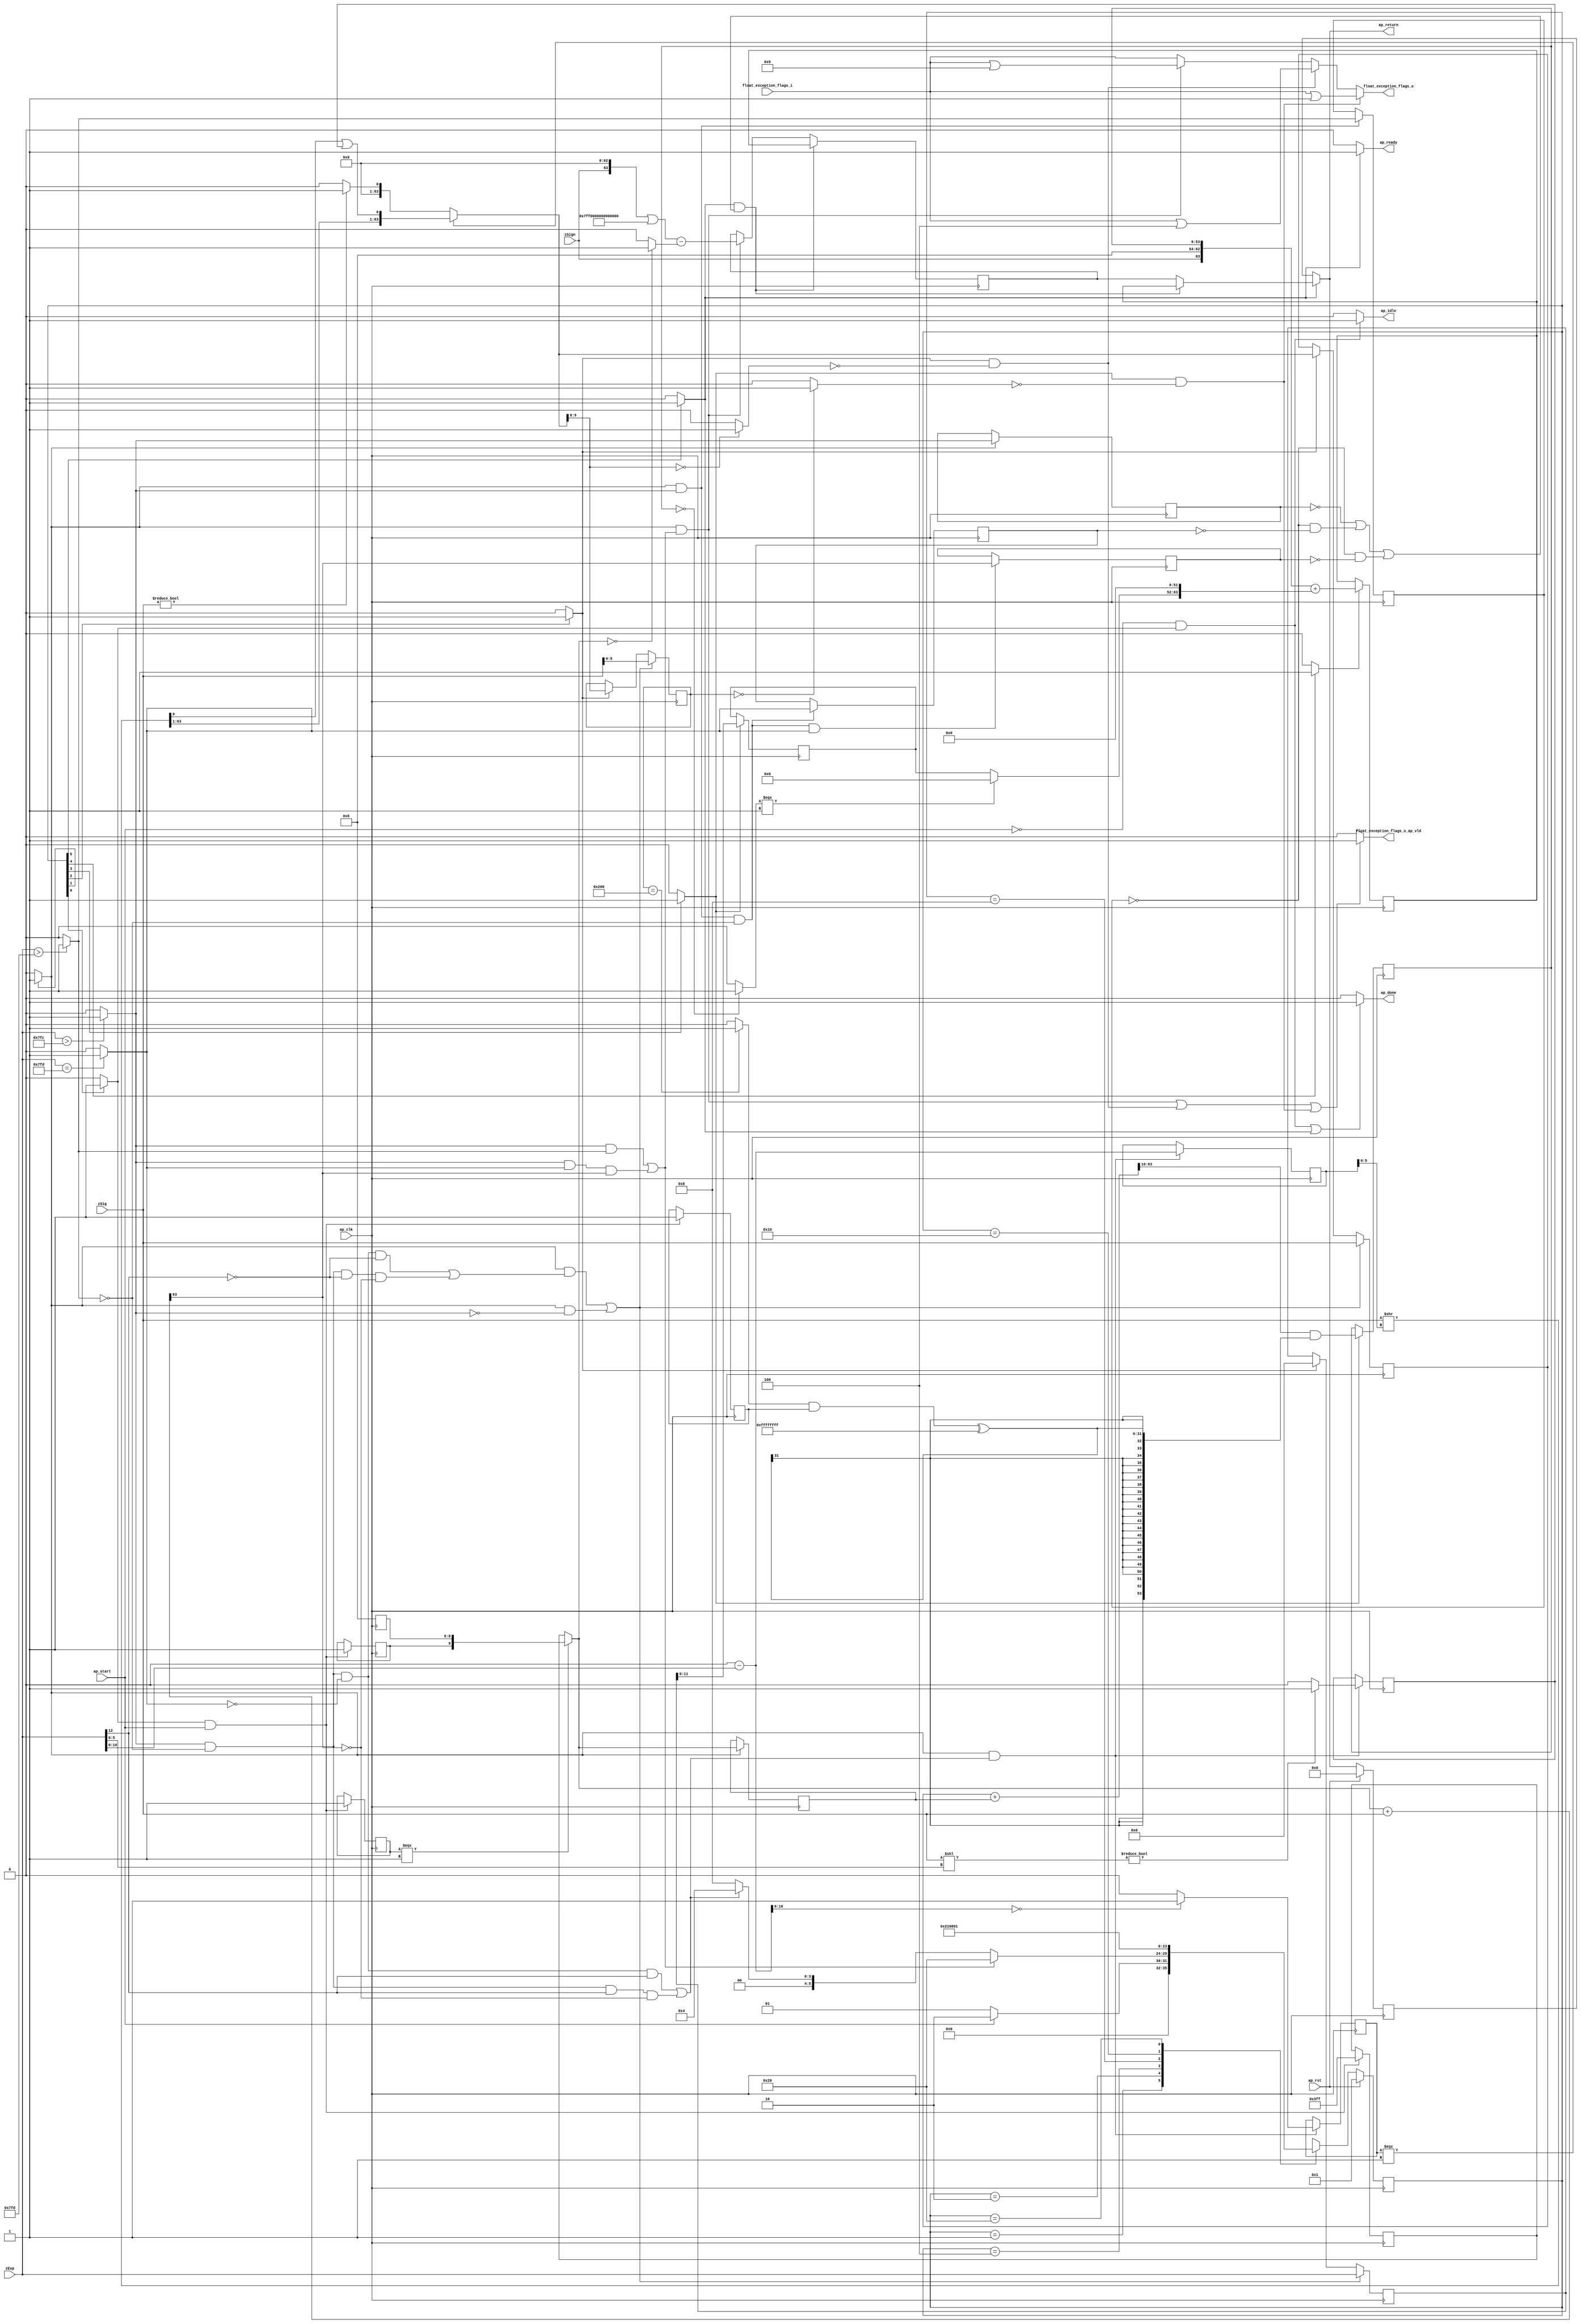
// ==============================================================
// RTL generated by Vivado(TM) HLS - High-Level Synthesis from C, C++ and SystemC
// Version: 2015.4
// Copyright (C) 2015 Xilinx Inc. All rights reserved.
// 
// ===========================================================

`timescale 1 ns / 1 ps 

module float64_mul_roundAndPackFloat64 (
        ap_clk,
        ap_rst,
        ap_start,
        ap_done,
        ap_idle,
        ap_ready,
        zSign,
        zExp,
        zSig,
        float_exception_flags_i,
        float_exception_flags_o,
        float_exception_flags_o_ap_vld,
        ap_return
);

parameter    ap_const_logic_1 = 1'b1;
parameter    ap_const_logic_0 = 1'b0;
parameter    ap_ST_st1_fsm_0 = 6'b1;
parameter    ap_ST_st2_fsm_1 = 6'b10;
parameter    ap_ST_st3_fsm_2 = 6'b100;
parameter    ap_ST_st4_fsm_3 = 6'b1000;
parameter    ap_ST_st5_fsm_4 = 6'b10000;
parameter    ap_ST_st6_fsm_5 = 6'b100000;
parameter    ap_const_lv32_0 = 32'b00000000000000000000000000000000;
parameter    ap_const_lv1_1 = 1'b1;
parameter    ap_const_lv32_1 = 32'b1;
parameter    ap_const_lv1_0 = 1'b0;
parameter    ap_const_lv32_2 = 32'b10;
parameter    ap_const_lv32_3 = 32'b11;
parameter    ap_const_lv32_4 = 32'b100;
parameter    ap_const_lv13_0 = 13'b0000000000000;
parameter    ap_const_lv32_5 = 32'b101;
parameter    ap_const_lv10_3FF = 10'b1111111111;
parameter    ap_const_lv10_0 = 10'b0000000000;
parameter    ap_const_lv10_200 = 10'b1000000000;
parameter    ap_const_lv13_7FC = 13'b11111111100;
parameter    ap_const_lv13_7FD = 13'b11111111101;
parameter    ap_const_lv32_3F = 32'b111111;
parameter    ap_const_lv32_C = 32'b1100;
parameter    ap_const_lv11_0 = 11'b00000000000;
parameter    ap_const_lv32_6 = 32'b110;
parameter    ap_const_lv32_A = 32'b1010;
parameter    ap_const_lv5_0 = 5'b00000;
parameter    ap_const_lv64_0 = 64'b0000000000000000000000000000000000000000000000000000000000000000;
parameter    ap_const_lv32_9 = 32'b1001;
parameter    ap_const_lv63_0 = 63'b000000000000000000000000000000000000000000000000000000000000000;
parameter    ap_const_lv64_7FF0000000000000 = 64'b111111111110000000000000000000000000000000000000000000000000000;
parameter    ap_const_lv32_FFFFFFFF = 32'b11111111111111111111111111111111;
parameter    ap_const_lv54_0 = 54'b000000000000000000000000000000000000000000000000000000;
parameter    ap_const_lv12_0 = 12'b000000000000;
parameter    ap_const_lv52_0 = 52'b0000000000000000000000000000000000000000000000000000;
parameter    ap_const_lv9_0 = 9'b000000000;
parameter    ap_true = 1'b1;

input   ap_clk;
input   ap_rst;
input   ap_start;
output   ap_done;
output   ap_idle;
output   ap_ready;
input  [0:0] zSign;
input  [12:0] zExp;
input  [63:0] zSig;
input  [31:0] float_exception_flags_i;
output  [31:0] float_exception_flags_o;
output   float_exception_flags_o_ap_vld;
output  [63:0] ap_return;

reg ap_done;
reg ap_idle;
reg ap_ready;
reg[31:0] float_exception_flags_o;
reg float_exception_flags_o_ap_vld;
reg[63:0] ap_return;
(* fsm_encoding = "none" *) reg   [5:0] ap_CS_fsm = 6'b1;
reg    ap_sig_cseq_ST_st1_fsm_0;
reg    ap_sig_bdd_24;
reg   [31:0] float_rounding_mode = 32'b00000000000000000000000000000000;
wire   [0:0] tmp_fu_158_p2;
reg   [0:0] tmp_reg_561;
wire   [9:0] sel_tmp4_cast_fu_202_p3;
reg   [9:0] sel_tmp4_cast_reg_566;
wire   [9:0] sel_tmp5_fu_222_p3;
reg   [9:0] sel_tmp5_reg_571;
wire   [0:0] tmp_1_fu_230_p2;
reg   [0:0] tmp_1_reg_576;
reg    ap_sig_cseq_ST_st2_fsm_1;
reg    ap_sig_bdd_57;
wire   [9:0] roundIncrement_4_fu_236_p3;
reg   [9:0] roundIncrement_4_reg_595;
wire   [9:0] roundBits_fu_241_p1;
wire   [0:0] tmp_6_fu_245_p2;
reg   [0:0] tmp_6_reg_606;
wire   [0:0] tmp_7_fu_251_p2;
reg   [0:0] tmp_7_reg_610;
wire   [0:0] tmp_8_fu_257_p2;
reg   [0:0] tmp_8_reg_614;
wire   [0:0] tmp_4_fu_273_p3;
reg   [0:0] tmp_4_reg_618;
wire   [10:0] count_assign_fu_293_p2;
reg   [10:0] count_assign_reg_625;
wire   [0:0] tmp_22_fu_281_p3;
wire   [0:0] icmp_fu_309_p2;
reg   [0:0] icmp_reg_630;
wire   [0:0] tmp_8_i_fu_329_p2;
reg   [0:0] tmp_8_i_reg_635;
wire   [63:0] tmp_10_fu_370_p2;
wire   [63:0] z_2_fu_420_p3;
reg    ap_sig_cseq_ST_st3_fsm_2;
reg    ap_sig_bdd_116;
wire   [9:0] roundBits_2_fu_427_p1;
wire   [53:0] zSig_assign_2_fu_511_p2;
reg   [53:0] zSig_assign_2_reg_661;
reg    ap_sig_cseq_ST_st4_fsm_3;
reg    ap_sig_bdd_127;
wire   [11:0] tmp_29_fu_517_p1;
reg   [11:0] tmp_29_reg_667;
wire   [63:0] tmp_38_i8_fu_549_p2;
reg   [63:0] tmp_38_i8_reg_672;
reg    ap_sig_cseq_ST_st5_fsm_4;
reg    ap_sig_bdd_138;
reg   [63:0] zSig_assign1_reg_106;
reg   [12:0] zExp_assign_1_reg_117;
reg   [9:0] roundBits_1_reg_130;
reg   [63:0] p_0_phi_fu_144_p4;
reg   [63:0] p_0_reg_141;
reg    ap_sig_cseq_ST_st6_fsm_5;
reg    ap_sig_bdd_162;
wire   [0:0] tmp_11_fu_431_p2;
wire   [0:0] tmp_12_fu_449_p2;
wire   [31:0] float_exception_flags_assign_i_fu_335_p2;
wire   [31:0] float_exception_flags_assign_i_1_fu_437_p2;
wire   [31:0] tmp_13_fu_455_p2;
wire   [0:0] tmp_s_fu_164_p2;
wire   [0:0] sel_tmp2_demorgan_fu_182_p2;
wire   [0:0] sel_tmp3_demorgan_fu_188_p2;
wire   [0:0] not_tmp_3_fu_176_p2;
wire   [0:0] not_tmp_2_fu_170_p2;
wire   [0:0] sel_tmp4_fu_194_p3;
wire   [0:0] sel_tmp6_fu_210_p2;
wire   [0:0] sel_tmp7_fu_216_p2;
wire   [63:0] tmp_9_fu_263_p1;
wire   [63:0] tmp_2_fu_267_p2;
wire   [10:0] tmp_24_fu_289_p1;
wire   [4:0] tmp_25_fu_299_p4;
wire   [5:0] tmp_26_fu_315_p1;
wire   [5:0] tmp_6_i_fu_319_p1;
wire   [63:0] tmp_7_i_fu_323_p2;
wire   [63:0] tmp_i_fu_347_p3;
wire   [0:0] tmp_5_fu_360_p2;
wire   [63:0] tmp_38_i9_fu_354_p2;
wire   [63:0] tmp_3_fu_366_p1;
wire   [5:0] tmp_2_i_fu_376_p1;
wire   [63:0] tmp_3_i_fu_379_p2;
wire   [0:0] tmp_27_fu_384_p1;
wire   [62:0] tmp_11_i_fu_393_p4;
wire   [0:0] tmp_10_i_fu_388_p2;
wire   [0:0] tmp_i3_fu_411_p2;
wire   [63:0] z_fu_403_p3;
wire   [63:0] z_1_fu_416_p1;
wire   [63:0] tmp_14_fu_467_p1;
wire   [63:0] tmp_15_fu_470_p2;
wire   [0:0] tmp_16_fu_486_p2;
wire   [0:0] tmp_17_fu_492_p2;
wire   [31:0] tmp_18_fu_497_p1;
wire   [31:0] tmp_19_fu_501_p2;
wire   [53:0] zSig_assign_1_cast_fu_476_p4;
wire  signed [53:0] tmp_27_cast_fu_507_p1;
wire   [0:0] tmp_20_fu_521_p2;
wire   [11:0] tmp_21_fu_526_p3;
wire   [63:0] tmp_37_i_fu_541_p4;
wire   [63:0] tmp_36_i_fu_533_p3;
reg   [63:0] ap_return_preg = 64'b0000000000000000000000000000000000000000000000000000000000000000;
reg   [5:0] ap_NS_fsm;




always @ (posedge ap_clk) begin : ap_ret_ap_CS_fsm
    if (ap_rst == 1'b1) begin
        ap_CS_fsm <= ap_ST_st1_fsm_0;
    end else begin
        ap_CS_fsm <= ap_NS_fsm;
    end
end

always @ (posedge ap_clk) begin : ap_ret_ap_return_preg
    if (ap_rst == 1'b1) begin
        ap_return_preg <= ap_const_lv64_0;
    end else begin
        if ((ap_const_logic_1 == ap_sig_cseq_ST_st6_fsm_5)) begin
            ap_return_preg <= p_0_phi_fu_144_p4;
        end
    end
end

always @ (posedge ap_clk) begin
    if (((ap_const_logic_1 == ap_sig_cseq_ST_st6_fsm_5) & ((tmp_6_reg_606 == ap_const_lv1_0) | ((tmp_7_reg_610 == ap_const_lv1_0) & (ap_const_lv1_0 == tmp_8_reg_614)) | ((tmp_7_reg_610 == ap_const_lv1_0) & (ap_const_lv1_0 == tmp_4_reg_618))))) begin
        p_0_reg_141 <= tmp_38_i8_reg_672;
    end else if (((ap_const_logic_1 == ap_sig_cseq_ST_st2_fsm_1) & ((~(tmp_6_fu_245_p2 == ap_const_lv1_0) & ~(tmp_7_fu_251_p2 == ap_const_lv1_0)) | (~(tmp_6_fu_245_p2 == ap_const_lv1_0) & ~(ap_const_lv1_0 == tmp_8_fu_257_p2) & ~(ap_const_lv1_0 == tmp_4_fu_273_p3))))) begin
        p_0_reg_141 <= tmp_10_fu_370_p2;
    end
end

always @ (posedge ap_clk) begin
    if ((((ap_const_logic_1 == ap_sig_cseq_ST_st2_fsm_1) & ((~(tmp_6_fu_245_p2 == ap_const_lv1_0) & (tmp_7_fu_251_p2 == ap_const_lv1_0) & (ap_const_lv1_0 == tmp_8_fu_257_p2) & (ap_const_lv1_0 == tmp_22_fu_281_p3)) | (~(tmp_6_fu_245_p2 == ap_const_lv1_0) & (tmp_7_fu_251_p2 == ap_const_lv1_0) & (ap_const_lv1_0 == tmp_22_fu_281_p3) & (ap_const_lv1_0 == tmp_4_fu_273_p3)))) | ((ap_const_logic_1 == ap_sig_cseq_ST_st2_fsm_1) & (tmp_6_fu_245_p2 == ap_const_lv1_0)))) begin
        roundBits_1_reg_130 <= roundBits_fu_241_p1;
    end else if ((ap_const_logic_1 == ap_sig_cseq_ST_st3_fsm_2)) begin
        roundBits_1_reg_130 <= roundBits_2_fu_427_p1;
    end
end

always @ (posedge ap_clk) begin
    if ((((ap_const_logic_1 == ap_sig_cseq_ST_st2_fsm_1) & ((~(tmp_6_fu_245_p2 == ap_const_lv1_0) & (tmp_7_fu_251_p2 == ap_const_lv1_0) & (ap_const_lv1_0 == tmp_8_fu_257_p2) & (ap_const_lv1_0 == tmp_22_fu_281_p3)) | (~(tmp_6_fu_245_p2 == ap_const_lv1_0) & (tmp_7_fu_251_p2 == ap_const_lv1_0) & (ap_const_lv1_0 == tmp_22_fu_281_p3) & (ap_const_lv1_0 == tmp_4_fu_273_p3)))) | ((ap_const_logic_1 == ap_sig_cseq_ST_st2_fsm_1) & (tmp_6_fu_245_p2 == ap_const_lv1_0)))) begin
        zExp_assign_1_reg_117 <= zExp;
    end else if ((ap_const_logic_1 == ap_sig_cseq_ST_st3_fsm_2)) begin
        zExp_assign_1_reg_117 <= ap_const_lv13_0;
    end
end

always @ (posedge ap_clk) begin
    if ((((ap_const_logic_1 == ap_sig_cseq_ST_st2_fsm_1) & ((~(tmp_6_fu_245_p2 == ap_const_lv1_0) & (tmp_7_fu_251_p2 == ap_const_lv1_0) & (ap_const_lv1_0 == tmp_8_fu_257_p2) & (ap_const_lv1_0 == tmp_22_fu_281_p3)) | (~(tmp_6_fu_245_p2 == ap_const_lv1_0) & (tmp_7_fu_251_p2 == ap_const_lv1_0) & (ap_const_lv1_0 == tmp_22_fu_281_p3) & (ap_const_lv1_0 == tmp_4_fu_273_p3)))) | ((ap_const_logic_1 == ap_sig_cseq_ST_st2_fsm_1) & (tmp_6_fu_245_p2 == ap_const_lv1_0)))) begin
        zSig_assign1_reg_106 <= zSig;
    end else if ((ap_const_logic_1 == ap_sig_cseq_ST_st3_fsm_2)) begin
        zSig_assign1_reg_106 <= z_2_fu_420_p3;
    end
end

always @ (posedge ap_clk) begin
    if (((ap_const_logic_1 == ap_sig_cseq_ST_st2_fsm_1) & ((~(tmp_6_fu_245_p2 == ap_const_lv1_0) & (tmp_7_fu_251_p2 == ap_const_lv1_0) & (ap_const_lv1_0 == tmp_8_fu_257_p2) & ~(ap_const_lv1_0 == tmp_22_fu_281_p3)) | (~(tmp_6_fu_245_p2 == ap_const_lv1_0) & (tmp_7_fu_251_p2 == ap_const_lv1_0) & ~(ap_const_lv1_0 == tmp_22_fu_281_p3) & (ap_const_lv1_0 == tmp_4_fu_273_p3))))) begin
        count_assign_reg_625 <= count_assign_fu_293_p2;
        icmp_reg_630 <= icmp_fu_309_p2;
        tmp_8_i_reg_635 <= tmp_8_i_fu_329_p2;
    end
end

always @ (posedge ap_clk) begin
    if ((ap_const_logic_1 == ap_sig_cseq_ST_st2_fsm_1)) begin
        roundIncrement_4_reg_595 <= roundIncrement_4_fu_236_p3;
        tmp_6_reg_606 <= tmp_6_fu_245_p2;
    end
end

always @ (posedge ap_clk) begin
    if (((ap_const_logic_1 == ap_sig_cseq_ST_st1_fsm_0) & ~(ap_start == ap_const_logic_0))) begin
        sel_tmp4_cast_reg_566 <= sel_tmp4_cast_fu_202_p3;
        sel_tmp5_reg_571[9] <= sel_tmp5_fu_222_p3[9];
        tmp_1_reg_576 <= tmp_1_fu_230_p2;
        tmp_reg_561 <= tmp_fu_158_p2;
    end
end

always @ (posedge ap_clk) begin
    if ((ap_const_logic_1 == ap_sig_cseq_ST_st4_fsm_3)) begin
        tmp_29_reg_667 <= tmp_29_fu_517_p1;
        zSig_assign_2_reg_661 <= zSig_assign_2_fu_511_p2;
    end
end

always @ (posedge ap_clk) begin
    if ((ap_const_logic_1 == ap_sig_cseq_ST_st5_fsm_4)) begin
        tmp_38_i8_reg_672 <= tmp_38_i8_fu_549_p2;
    end
end

always @ (posedge ap_clk) begin
    if (((ap_const_logic_1 == ap_sig_cseq_ST_st2_fsm_1) & ~(tmp_6_fu_245_p2 == ap_const_lv1_0) & (tmp_7_fu_251_p2 == ap_const_lv1_0) & ~(ap_const_lv1_0 == tmp_8_fu_257_p2))) begin
        tmp_4_reg_618 <= tmp_2_fu_267_p2[ap_const_lv32_3F];
    end
end

always @ (posedge ap_clk) begin
    if (((ap_const_logic_1 == ap_sig_cseq_ST_st2_fsm_1) & ~(tmp_6_fu_245_p2 == ap_const_lv1_0))) begin
        tmp_7_reg_610 <= tmp_7_fu_251_p2;
    end
end

always @ (posedge ap_clk) begin
    if (((ap_const_logic_1 == ap_sig_cseq_ST_st2_fsm_1) & ~(tmp_6_fu_245_p2 == ap_const_lv1_0) & (tmp_7_fu_251_p2 == ap_const_lv1_0))) begin
        tmp_8_reg_614 <= tmp_8_fu_257_p2;
    end
end

always @ (ap_start or ap_sig_cseq_ST_st1_fsm_0 or ap_sig_cseq_ST_st6_fsm_5) begin
    if (((~(ap_const_logic_1 == ap_start) & (ap_const_logic_1 == ap_sig_cseq_ST_st1_fsm_0)) | (ap_const_logic_1 == ap_sig_cseq_ST_st6_fsm_5))) begin
        ap_done = ap_const_logic_1;
    end else begin
        ap_done = ap_const_logic_0;
    end
end

always @ (ap_start or ap_sig_cseq_ST_st1_fsm_0) begin
    if ((~(ap_const_logic_1 == ap_start) & (ap_const_logic_1 == ap_sig_cseq_ST_st1_fsm_0))) begin
        ap_idle = ap_const_logic_1;
    end else begin
        ap_idle = ap_const_logic_0;
    end
end

always @ (ap_sig_cseq_ST_st6_fsm_5) begin
    if ((ap_const_logic_1 == ap_sig_cseq_ST_st6_fsm_5)) begin
        ap_ready = ap_const_logic_1;
    end else begin
        ap_ready = ap_const_logic_0;
    end
end

always @ (p_0_phi_fu_144_p4 or ap_sig_cseq_ST_st6_fsm_5 or ap_return_preg) begin
    if ((ap_const_logic_1 == ap_sig_cseq_ST_st6_fsm_5)) begin
        ap_return = p_0_phi_fu_144_p4;
    end else begin
        ap_return = ap_return_preg;
    end
end

always @ (ap_sig_bdd_24) begin
    if (ap_sig_bdd_24) begin
        ap_sig_cseq_ST_st1_fsm_0 = ap_const_logic_1;
    end else begin
        ap_sig_cseq_ST_st1_fsm_0 = ap_const_logic_0;
    end
end

always @ (ap_sig_bdd_57) begin
    if (ap_sig_bdd_57) begin
        ap_sig_cseq_ST_st2_fsm_1 = ap_const_logic_1;
    end else begin
        ap_sig_cseq_ST_st2_fsm_1 = ap_const_logic_0;
    end
end

always @ (ap_sig_bdd_116) begin
    if (ap_sig_bdd_116) begin
        ap_sig_cseq_ST_st3_fsm_2 = ap_const_logic_1;
    end else begin
        ap_sig_cseq_ST_st3_fsm_2 = ap_const_logic_0;
    end
end

always @ (ap_sig_bdd_127) begin
    if (ap_sig_bdd_127) begin
        ap_sig_cseq_ST_st4_fsm_3 = ap_const_logic_1;
    end else begin
        ap_sig_cseq_ST_st4_fsm_3 = ap_const_logic_0;
    end
end

always @ (ap_sig_bdd_138) begin
    if (ap_sig_bdd_138) begin
        ap_sig_cseq_ST_st5_fsm_4 = ap_const_logic_1;
    end else begin
        ap_sig_cseq_ST_st5_fsm_4 = ap_const_logic_0;
    end
end

always @ (ap_sig_bdd_162) begin
    if (ap_sig_bdd_162) begin
        ap_sig_cseq_ST_st6_fsm_5 = ap_const_logic_1;
    end else begin
        ap_sig_cseq_ST_st6_fsm_5 = ap_const_logic_0;
    end
end

always @ (float_exception_flags_i or ap_sig_cseq_ST_st2_fsm_1 or tmp_6_fu_245_p2 or tmp_7_fu_251_p2 or tmp_8_fu_257_p2 or tmp_4_fu_273_p3 or ap_sig_cseq_ST_st3_fsm_2 or ap_sig_cseq_ST_st4_fsm_3 or tmp_11_fu_431_p2 or tmp_12_fu_449_p2 or float_exception_flags_assign_i_fu_335_p2 or float_exception_flags_assign_i_1_fu_437_p2 or tmp_13_fu_455_p2) begin
    if (((ap_const_logic_1 == ap_sig_cseq_ST_st4_fsm_3) & (ap_const_lv1_0 == tmp_12_fu_449_p2))) begin
        float_exception_flags_o = tmp_13_fu_455_p2;
    end else if (((ap_const_logic_1 == ap_sig_cseq_ST_st3_fsm_2) & (ap_const_lv1_0 == tmp_11_fu_431_p2))) begin
        float_exception_flags_o = float_exception_flags_assign_i_1_fu_437_p2;
    end else if (((ap_const_logic_1 == ap_sig_cseq_ST_st2_fsm_1) & ((~(tmp_6_fu_245_p2 == ap_const_lv1_0) & ~(tmp_7_fu_251_p2 == ap_const_lv1_0)) | (~(tmp_6_fu_245_p2 == ap_const_lv1_0) & ~(ap_const_lv1_0 == tmp_8_fu_257_p2) & ~(ap_const_lv1_0 == tmp_4_fu_273_p3))))) begin
        float_exception_flags_o = float_exception_flags_assign_i_fu_335_p2;
    end else begin
        float_exception_flags_o = float_exception_flags_i;
    end
end

always @ (ap_sig_cseq_ST_st2_fsm_1 or tmp_6_fu_245_p2 or tmp_7_fu_251_p2 or tmp_8_fu_257_p2 or tmp_4_fu_273_p3 or ap_sig_cseq_ST_st3_fsm_2 or ap_sig_cseq_ST_st4_fsm_3 or tmp_11_fu_431_p2 or tmp_12_fu_449_p2) begin
    if ((((ap_const_logic_1 == ap_sig_cseq_ST_st2_fsm_1) & ((~(tmp_6_fu_245_p2 == ap_const_lv1_0) & ~(tmp_7_fu_251_p2 == ap_const_lv1_0)) | (~(tmp_6_fu_245_p2 == ap_const_lv1_0) & ~(ap_const_lv1_0 == tmp_8_fu_257_p2) & ~(ap_const_lv1_0 == tmp_4_fu_273_p3)))) | ((ap_const_logic_1 == ap_sig_cseq_ST_st3_fsm_2) & (ap_const_lv1_0 == tmp_11_fu_431_p2)) | ((ap_const_logic_1 == ap_sig_cseq_ST_st4_fsm_3) & (ap_const_lv1_0 == tmp_12_fu_449_p2)))) begin
        float_exception_flags_o_ap_vld = ap_const_logic_1;
    end else begin
        float_exception_flags_o_ap_vld = ap_const_logic_0;
    end
end

always @ (tmp_6_reg_606 or tmp_7_reg_610 or tmp_8_reg_614 or tmp_4_reg_618 or tmp_38_i8_reg_672 or p_0_reg_141 or ap_sig_cseq_ST_st6_fsm_5) begin
    if (((ap_const_logic_1 == ap_sig_cseq_ST_st6_fsm_5) & ((tmp_6_reg_606 == ap_const_lv1_0) | ((tmp_7_reg_610 == ap_const_lv1_0) & (ap_const_lv1_0 == tmp_8_reg_614)) | ((tmp_7_reg_610 == ap_const_lv1_0) & (ap_const_lv1_0 == tmp_4_reg_618))))) begin
        p_0_phi_fu_144_p4 = tmp_38_i8_reg_672;
    end else begin
        p_0_phi_fu_144_p4 = p_0_reg_141;
    end
end
always @ (ap_start or ap_CS_fsm or tmp_6_fu_245_p2 or tmp_7_fu_251_p2 or tmp_8_fu_257_p2 or tmp_4_fu_273_p3 or tmp_22_fu_281_p3) begin
    case (ap_CS_fsm)
        ap_ST_st1_fsm_0 : 
        begin
            if (~(ap_start == ap_const_logic_0)) begin
                ap_NS_fsm = ap_ST_st2_fsm_1;
            end else begin
                ap_NS_fsm = ap_ST_st1_fsm_0;
            end
        end
        ap_ST_st2_fsm_1 : 
        begin
            if (((~(tmp_6_fu_245_p2 == ap_const_lv1_0) & ~(tmp_7_fu_251_p2 == ap_const_lv1_0)) | (~(tmp_6_fu_245_p2 == ap_const_lv1_0) & ~(ap_const_lv1_0 == tmp_8_fu_257_p2) & ~(ap_const_lv1_0 == tmp_4_fu_273_p3)))) begin
                ap_NS_fsm = ap_ST_st6_fsm_5;
            end else if (((~(tmp_6_fu_245_p2 == ap_const_lv1_0) & (tmp_7_fu_251_p2 == ap_const_lv1_0) & (ap_const_lv1_0 == tmp_8_fu_257_p2) & ~(ap_const_lv1_0 == tmp_22_fu_281_p3)) | (~(tmp_6_fu_245_p2 == ap_const_lv1_0) & (tmp_7_fu_251_p2 == ap_const_lv1_0) & ~(ap_const_lv1_0 == tmp_22_fu_281_p3) & (ap_const_lv1_0 == tmp_4_fu_273_p3)))) begin
                ap_NS_fsm = ap_ST_st3_fsm_2;
            end else begin
                ap_NS_fsm = ap_ST_st4_fsm_3;
            end
        end
        ap_ST_st3_fsm_2 : 
        begin
            ap_NS_fsm = ap_ST_st4_fsm_3;
        end
        ap_ST_st4_fsm_3 : 
        begin
            ap_NS_fsm = ap_ST_st5_fsm_4;
        end
        ap_ST_st5_fsm_4 : 
        begin
            ap_NS_fsm = ap_ST_st6_fsm_5;
        end
        ap_ST_st6_fsm_5 : 
        begin
            ap_NS_fsm = ap_ST_st1_fsm_0;
        end
        default : 
        begin
            ap_NS_fsm = 'bx;
        end
    endcase
end



always @ (ap_CS_fsm) begin
    ap_sig_bdd_116 = (ap_const_lv1_1 == ap_CS_fsm[ap_const_lv32_2]);
end


always @ (ap_CS_fsm) begin
    ap_sig_bdd_127 = (ap_const_lv1_1 == ap_CS_fsm[ap_const_lv32_3]);
end


always @ (ap_CS_fsm) begin
    ap_sig_bdd_138 = (ap_const_lv1_1 == ap_CS_fsm[ap_const_lv32_4]);
end


always @ (ap_CS_fsm) begin
    ap_sig_bdd_162 = (ap_const_lv1_1 == ap_CS_fsm[ap_const_lv32_5]);
end


always @ (ap_CS_fsm) begin
    ap_sig_bdd_24 = (ap_CS_fsm[ap_const_lv32_0] == ap_const_lv1_1);
end


always @ (ap_CS_fsm) begin
    ap_sig_bdd_57 = (ap_const_lv1_1 == ap_CS_fsm[ap_const_lv32_1]);
end

assign count_assign_fu_293_p2 = (ap_const_lv11_0 - tmp_24_fu_289_p1);

assign float_exception_flags_assign_i_1_fu_437_p2 = (float_exception_flags_i | ap_const_lv32_4);

assign float_exception_flags_assign_i_fu_335_p2 = (float_exception_flags_i | ap_const_lv32_9);

assign icmp_fu_309_p2 = (tmp_25_fu_299_p4 == ap_const_lv5_0? 1'b1: 1'b0);

assign not_tmp_2_fu_170_p2 = (float_rounding_mode != ap_const_lv32_3? 1'b1: 1'b0);

assign not_tmp_3_fu_176_p2 = (float_rounding_mode != ap_const_lv32_2? 1'b1: 1'b0);

assign roundBits_2_fu_427_p1 = z_2_fu_420_p3[9:0];

assign roundBits_fu_241_p1 = zSig[9:0];

assign roundIncrement_4_fu_236_p3 = ((tmp_1_reg_576[0:0] === 1'b1) ? sel_tmp5_reg_571 : sel_tmp4_cast_reg_566);

assign sel_tmp2_demorgan_fu_182_p2 = (tmp_fu_158_p2 | tmp_s_fu_164_p2);

assign sel_tmp3_demorgan_fu_188_p2 = (sel_tmp2_demorgan_fu_182_p2 | zSign);

assign sel_tmp4_cast_fu_202_p3 = ((sel_tmp4_fu_194_p3[0:0] === 1'b1) ? ap_const_lv10_3FF : ap_const_lv10_0);

assign sel_tmp4_fu_194_p3 = ((sel_tmp3_demorgan_fu_188_p2[0:0] === 1'b1) ? not_tmp_3_fu_176_p2 : not_tmp_2_fu_170_p2);

assign sel_tmp5_fu_222_p3 = ((sel_tmp7_fu_216_p2[0:0] === 1'b1) ? ap_const_lv10_0 : ap_const_lv10_200);

assign sel_tmp6_fu_210_p2 = (tmp_fu_158_p2 ^ ap_const_lv1_1);

assign sel_tmp7_fu_216_p2 = (tmp_s_fu_164_p2 & sel_tmp6_fu_210_p2);

assign tmp_10_fu_370_p2 = (tmp_38_i9_fu_354_p2 - tmp_3_fu_366_p1);

assign tmp_10_i_fu_388_p2 = (tmp_27_fu_384_p1 | tmp_8_i_reg_635);

assign tmp_11_fu_431_p2 = (roundBits_2_fu_427_p1 == ap_const_lv10_0? 1'b1: 1'b0);

assign tmp_11_i_fu_393_p4 = {{tmp_3_i_fu_379_p2[ap_const_lv32_3F : ap_const_lv32_1]}};

assign tmp_12_fu_449_p2 = (roundBits_1_reg_130 == ap_const_lv10_0? 1'b1: 1'b0);

assign tmp_13_fu_455_p2 = (float_exception_flags_i | ap_const_lv32_1);

assign tmp_14_fu_467_p1 = roundIncrement_4_reg_595;

assign tmp_15_fu_470_p2 = (zSig_assign1_reg_106 + tmp_14_fu_467_p1);

assign tmp_16_fu_486_p2 = (roundBits_1_reg_130 == ap_const_lv10_200? 1'b1: 1'b0);

assign tmp_17_fu_492_p2 = (tmp_16_fu_486_p2 & tmp_reg_561);

assign tmp_18_fu_497_p1 = tmp_17_fu_492_p2;

assign tmp_19_fu_501_p2 = (tmp_18_fu_497_p1 ^ ap_const_lv32_FFFFFFFF);

assign tmp_1_fu_230_p2 = (sel_tmp7_fu_216_p2 | tmp_fu_158_p2);

assign tmp_20_fu_521_p2 = (zSig_assign_2_reg_661 == ap_const_lv54_0? 1'b1: 1'b0);

assign tmp_21_fu_526_p3 = ((tmp_20_fu_521_p2[0:0] === 1'b1) ? ap_const_lv12_0 : tmp_29_reg_667);

assign tmp_22_fu_281_p3 = zExp[ap_const_lv32_C];

assign tmp_24_fu_289_p1 = zExp[10:0];

assign tmp_25_fu_299_p4 = {{count_assign_fu_293_p2[ap_const_lv32_A : ap_const_lv32_6]}};

assign tmp_26_fu_315_p1 = zExp[5:0];

assign tmp_27_cast_fu_507_p1 = $signed(tmp_19_fu_501_p2);

assign tmp_27_fu_384_p1 = tmp_3_i_fu_379_p2[0:0];

assign tmp_29_fu_517_p1 = zExp_assign_1_reg_117[11:0];

assign tmp_2_fu_267_p2 = (tmp_9_fu_263_p1 + zSig);

assign tmp_2_i_fu_376_p1 = count_assign_reg_625;

assign tmp_36_i_fu_533_p3 = {{tmp_21_fu_526_p3}, {ap_const_lv52_0}};

assign tmp_37_i_fu_541_p4 = {{{zSign}, {ap_const_lv9_0}}, {zSig_assign_2_reg_661}};

assign tmp_38_i8_fu_549_p2 = (tmp_37_i_fu_541_p4 + tmp_36_i_fu_533_p3);

assign tmp_38_i9_fu_354_p2 = (tmp_i_fu_347_p3 | ap_const_lv64_7FF0000000000000);

assign tmp_3_fu_366_p1 = tmp_5_fu_360_p2;

assign tmp_3_i_fu_379_p2 = zSig >> tmp_2_i_fu_376_p1;

assign tmp_4_fu_273_p3 = tmp_2_fu_267_p2[ap_const_lv32_3F];

assign tmp_5_fu_360_p2 = (roundIncrement_4_fu_236_p3 == ap_const_lv10_0? 1'b1: 1'b0);

assign tmp_6_fu_245_p2 = (zExp > ap_const_lv13_7FC? 1'b1: 1'b0);

assign tmp_6_i_fu_319_p1 = tmp_26_fu_315_p1;

assign tmp_7_fu_251_p2 = ($signed(zExp) > $signed(13'b11111111101)? 1'b1: 1'b0);

assign tmp_7_i_fu_323_p2 = zSig << tmp_6_i_fu_319_p1;

assign tmp_8_fu_257_p2 = (zExp == ap_const_lv13_7FD? 1'b1: 1'b0);

assign tmp_8_i_fu_329_p2 = (tmp_7_i_fu_323_p2 != ap_const_lv64_0? 1'b1: 1'b0);

assign tmp_9_fu_263_p1 = roundIncrement_4_fu_236_p3;

assign tmp_fu_158_p2 = (float_rounding_mode == ap_const_lv32_0? 1'b1: 1'b0);

assign tmp_i3_fu_411_p2 = (zSig != ap_const_lv64_0? 1'b1: 1'b0);

assign tmp_i_fu_347_p3 = {{zSign}, {ap_const_lv63_0}};

assign tmp_s_fu_164_p2 = (float_rounding_mode == ap_const_lv32_1? 1'b1: 1'b0);

assign zSig_assign_1_cast_fu_476_p4 = {{tmp_15_fu_470_p2[ap_const_lv32_3F : ap_const_lv32_A]}};

assign zSig_assign_2_fu_511_p2 = (zSig_assign_1_cast_fu_476_p4 & tmp_27_cast_fu_507_p1);

assign z_1_fu_416_p1 = tmp_i3_fu_411_p2;

assign z_2_fu_420_p3 = ((icmp_reg_630[0:0] === 1'b1) ? z_fu_403_p3 : z_1_fu_416_p1);

assign z_fu_403_p3 = {{tmp_11_i_fu_393_p4}, {tmp_10_i_fu_388_p2}};
always @ (posedge ap_clk) begin
    sel_tmp5_reg_571[8:0] <= 9'b000000000;
end



endmodule //float64_mul_roundAndPackFloat64